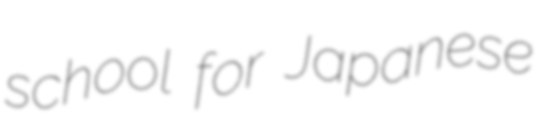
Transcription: school for Japanese